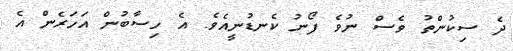
ދެ ސިކުންތު ވެސް ނުވެ ފޯނު ކެނޑުނީއެވެ. އެ ހިސާބުން އަހަރެން އެ